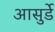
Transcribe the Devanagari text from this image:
आसुर्डे